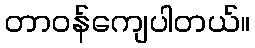
တာဝန်ကျေပါတယ်။